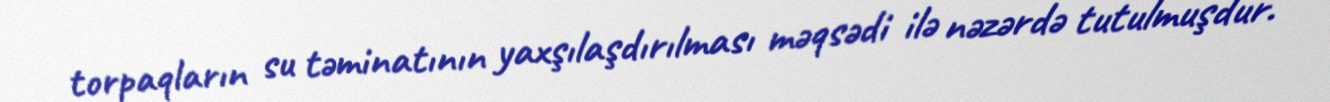
torpaqların su təminatının yaxşılaşdırılması məqsədi ilə nəzərdə tutulmuşdur.